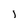
Character: l